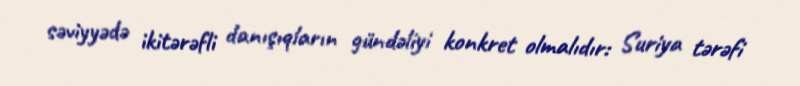
səviyyədə ikitərəfli danışıqların gündəliyi konkret olmalıdır: Suriya tərəfi